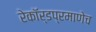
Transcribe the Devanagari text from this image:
रेकॉर्डप्रमाणेच